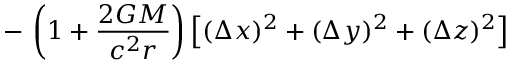
- \, \left( 1 + { \frac { 2 G M } { c ^ { 2 } r } } \right) \left[ ( \Delta x ) ^ { 2 } + ( \Delta y ) ^ { 2 } + ( \Delta z ) ^ { 2 } \right]